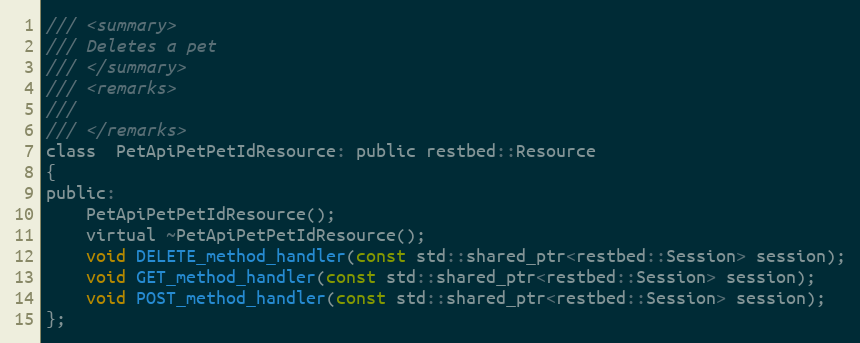
Language: C
/// <summary>
/// Deletes a pet
/// </summary>
/// <remarks>
///
/// </remarks>
class  PetApiPetPetIdResource: public restbed::Resource
{
public:
	PetApiPetPetIdResource();
    virtual ~PetApiPetPetIdResource();
    void DELETE_method_handler(const std::shared_ptr<restbed::Session> session);
    void GET_method_handler(const std::shared_ptr<restbed::Session> session);
    void POST_method_handler(const std::shared_ptr<restbed::Session> session);
};